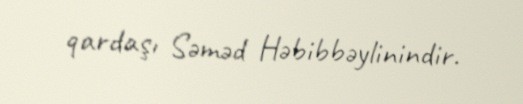
qardaşı Səməd Həbibbəylinindir.